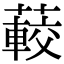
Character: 𦽨